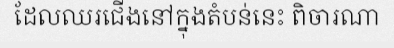
ដែលឈរជើងនៅក្នុងតំបន់នេះ ពិចារណា